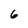
Character: 6